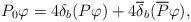
LaTeX: \begin{align*}P_{0}\varphi =4\delta _{b}(P\varphi )+4\overline{\delta }_{b}(\overline{P}\varphi ), \end{align*}